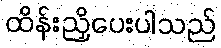
ထိန်းညှိပေးပါသည်